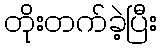
တိုးတက်ခဲ့ပြီး